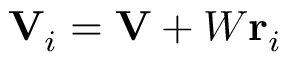
\mathbf { V } _ { i } = \mathbf { V } + W \mathbf { r } _ { i }